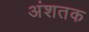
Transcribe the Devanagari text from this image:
अंशतक